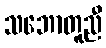
သဘောတူညီ